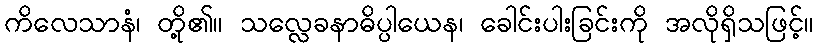
ကိလေသာနံ၊ တို့၏။ သလ္လေခနာဓိပ္ပါယေန၊ ခေါင်းပါးခြင်းကို အလိုရှိသဖြင့်။